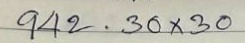
942 . 30 x 30